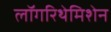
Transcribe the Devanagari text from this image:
लॉगरिथेमिशेन